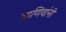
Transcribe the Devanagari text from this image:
जाणिवांनी